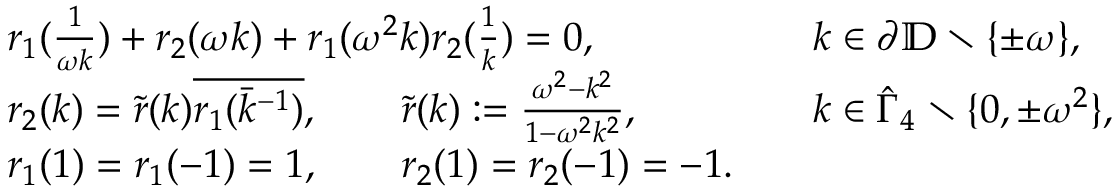
\begin{array} { r l r l } & { r _ { 1 } ( \frac { 1 } { \omega k } ) + r _ { 2 } ( \omega k ) + r _ { 1 } ( \omega ^ { 2 } k ) r _ { 2 } ( \frac { 1 } { k } ) = 0 , } & & { k \in \partial { \mathbb D } \setminus \{ \pm \omega \} , } \\ & { r _ { 2 } ( k ) = \tilde { r } ( k ) \overline { { r _ { 1 } ( \bar { k } ^ { - 1 } ) } } , \qquad \tilde { r } ( k ) : = \frac { \omega ^ { 2 } - k ^ { 2 } } { 1 - \omega ^ { 2 } k ^ { 2 } } , } & & { k \in \hat { \Gamma } _ { 4 } \setminus \{ 0 , \pm \omega ^ { 2 } \} , } \\ & { r _ { 1 } ( 1 ) = r _ { 1 } ( - 1 ) = 1 , \qquad r _ { 2 } ( 1 ) = r _ { 2 } ( - 1 ) = - 1 . } \end{array}